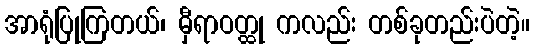
အာရုံပြုကြတယ်၊ မှီရာဝတ္ထု ကလည်း တစ်ခုတည်းပဲတဲ့။